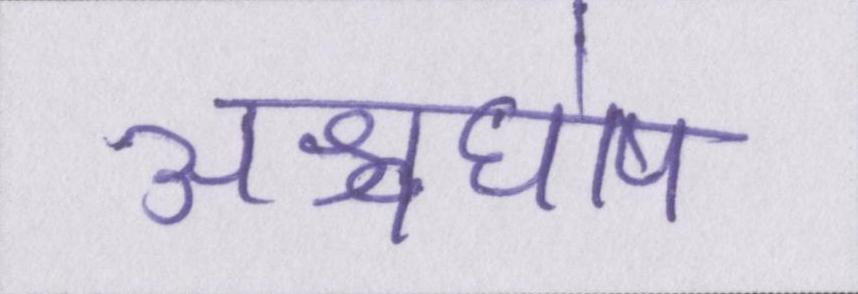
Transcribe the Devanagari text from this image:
अश्वघोष